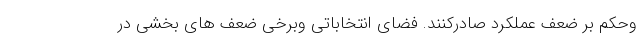
وحکم بر ضعف عملکرد صادرکنند. فضای انتخاباتی وبرخی ضعف های بخشی در